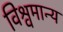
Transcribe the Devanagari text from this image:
विश्वमान्य